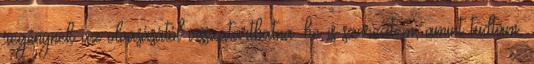
regénynek az olvasásától visszatarthatna. be is szereztem, amint tudtam,